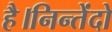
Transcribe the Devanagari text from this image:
है।निन्तेंदो